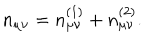
n _ { \mu \nu } = n _ { \mu \nu } ^ { ( 1 ) } + n _ { \mu \nu } ^ { ( 2 ) } .